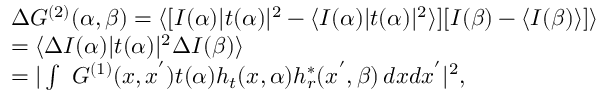
\begin{array} { r l } & { \Delta G ^ { ( 2 ) } ( \alpha , \beta ) = \langle [ I ( \alpha ) | t ( \alpha ) | ^ { 2 } - \langle I ( \alpha ) | t ( \alpha ) | ^ { 2 } \rangle ] [ I ( \beta ) - \langle I ( \beta ) \rangle ] \rangle } \\ & { = \langle \Delta I ( \alpha ) | t ( \alpha ) | ^ { 2 } \Delta I ( \beta ) \rangle } \\ & { = | \int \ G ^ { ( 1 ) } ( x , x ^ { ' } ) t ( \alpha ) h _ { t } ( x , \alpha ) h _ { r } ^ { * } ( x ^ { ' } , \beta ) \, d x d x ^ { ' } | ^ { 2 } , } \end{array}